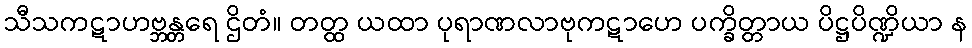
သီသကဋာဟဗ္ဘန္တရေ ဌိတံ။ တတ္ထ ယထာ ပုရာဏလာဗုကဋာဟေ ပက္ခိတ္တာယ ပိဋ္ဌပိဏ္ဍိယာ န